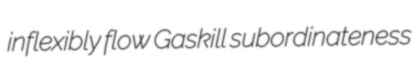
inflexibly flow Gaskill subordinateness